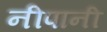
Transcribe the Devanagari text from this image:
नीपानी